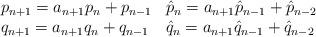
LaTeX: \begin{align*}\begin{array}{lll}p_{n+1} = a_{n+1}p_n+p_{n-1} & \hat{p}_n = a_{n+1}\hat{p}_{n-1}+\hat{p}_{n-2}\\q_{n+1} = a_{n+1}q_n+q_{n-1} & \hat{q}_n = a_{n+1}\hat{q}_{n-1}+\hat{q}_{n-2}\end{array}\end{align*}